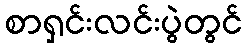
စာရှင်းလင်းပွဲတွင်